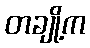
တချို့က